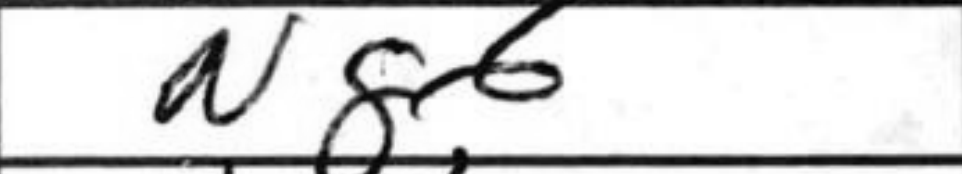
Transcription: Ng6